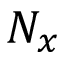
N _ { x }